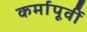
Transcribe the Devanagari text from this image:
कर्मापूर्वी